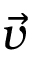
\vec { v }